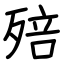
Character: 殕